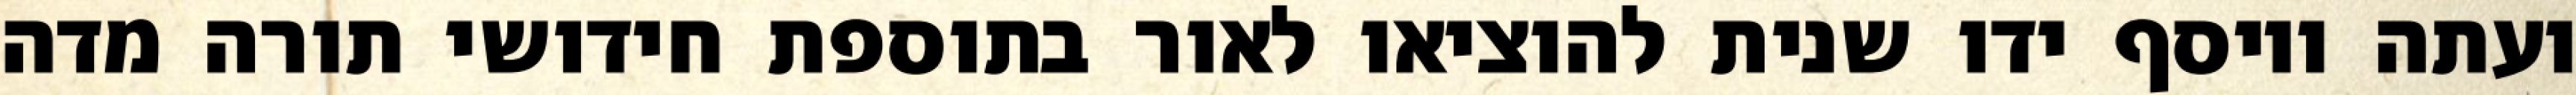
ועתה ויוסף ידו שנית להוציאו לאור בתוספת חידושי תורה מדה